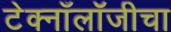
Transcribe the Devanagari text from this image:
टेक्नाँलॉजीचा